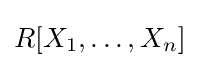
R[X_{1},\dotsc ,X_{n}]